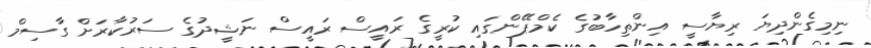
ނިމިގެންދިޔަ ރިޔާސީ އިންތިހާބުގެ ކެމްޕޭންގައި ކުރީގެ ރައީސް ރައީސް ނަޝީދުގެ ސަރުކާރަށް ގާސިމް